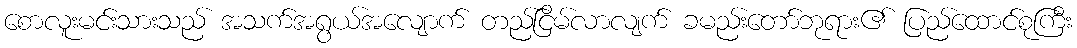
စောလူးမင်းသားသည် အသက်အရွယ်အလျောက် တည်ငြိမ်လာလျက် ခမည်းတော်ဘုရား၏ ပြည်ထောင်စုကြီး